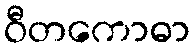
ဝီတကောဓာ